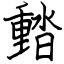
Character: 濌